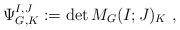
LaTeX: \begin{align*}\Psi^{I,J}_{G,K}:= \det M_G(I;J)_K \ ,\end{align*}